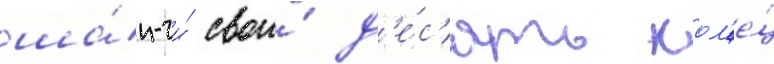
ша́н-чи́ свои́ д'е́с'ять кол'е́ц